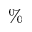
\%